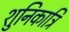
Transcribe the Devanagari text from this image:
शुनिकात्रि